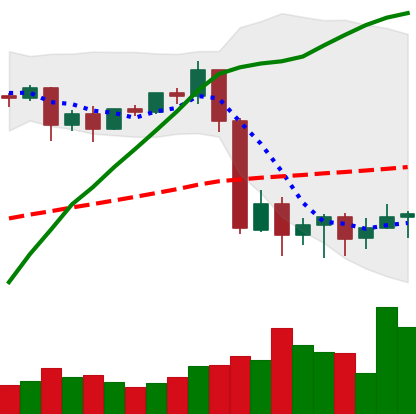
Ticker: BTC-USD
Chart end date: 2020-09-11
Forward return: 5.519%
Label: up_5_7